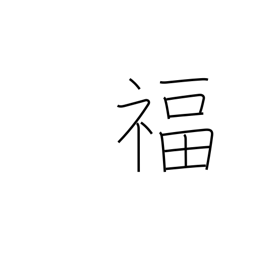
Meaning: luck